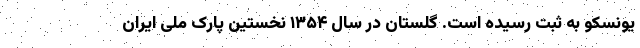
یونسکو به ثبت رسیده است. گلستان در سال ۱۳۵۴ نخستین پارک ملی ایران